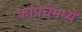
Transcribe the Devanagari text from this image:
कांपेचेमध्ये